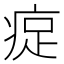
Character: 𪽰